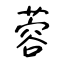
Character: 蓉